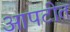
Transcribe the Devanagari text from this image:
आपटीत